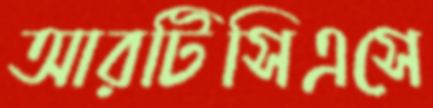
আরটিসিএসে